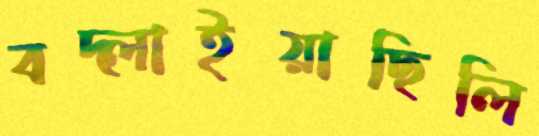
বদ্‌লাইয়াছিলি